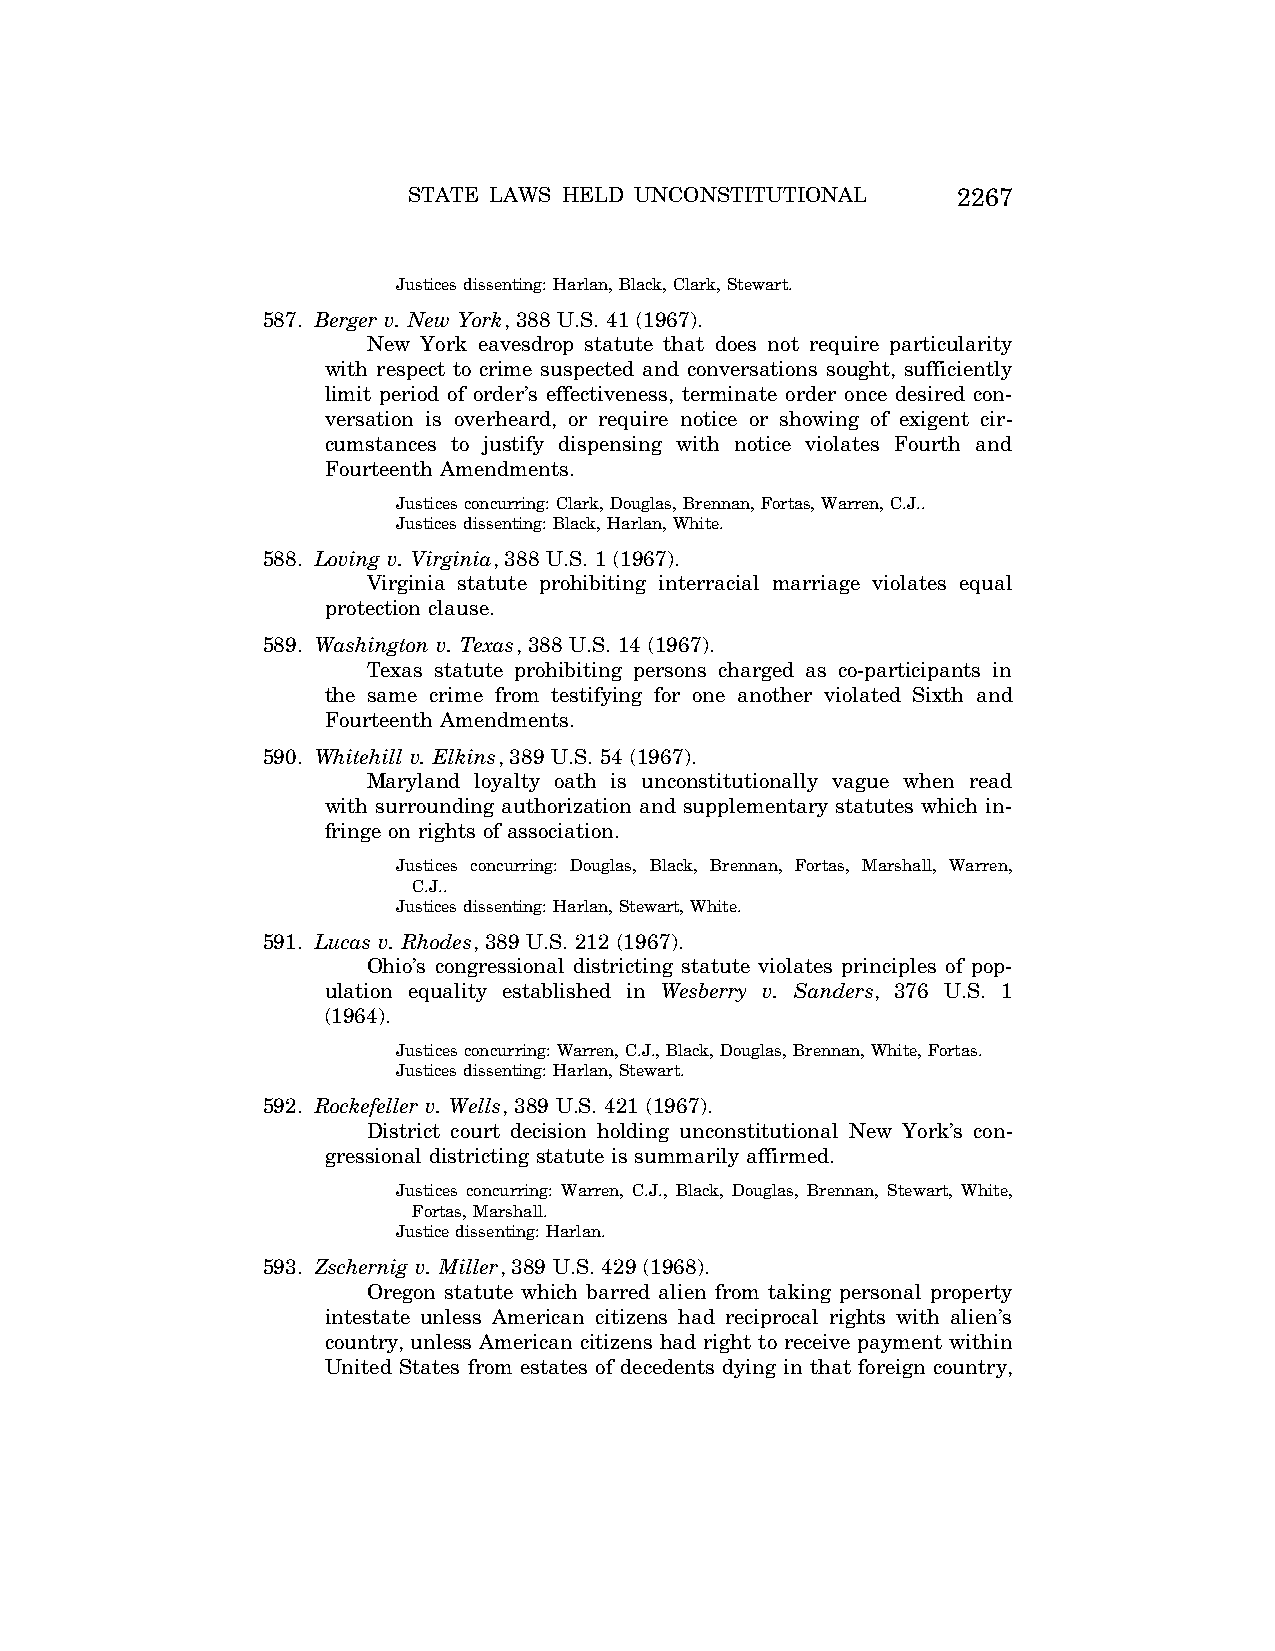
STATE LAWS HELD UNCONSTITUTIONAL    2267
 Justices dissenting: Harlan, Black, Clark, Stewart.
 587. Berger v. New York, 388 U.S. 41 (1967).
 New York eavesdrop statute that does not require particularity
 with respect to crime suspected and conversations sought, sufficiently
 limit period of order’s effectiveness, terminate order once desired con-
 versation is overheard, or require notice or showing of exigent cir-
 cumstances to justify dispensing with notice violates Fourth and
 Fourteenth Amendments.
 Justices concurring: Clark, Douglas, Brennan, Fortas, Warren, C.J..
 Justices dissenting: Black, Harlan, White.
 588. Loving v. Virginia, 388 U.S. 1 (1967).
 Virginia statute prohibiting interracial marriage violates equal
 protection clause.
 589. Washington v. Texas, 388 U.S. 14 (1967).
 Texas statute prohibiting persons charged as co-participants in
 the same crime from testifying for one another violated Sixth and
 Fourteenth Amendments.
 590. Whitehill v. Elkins, 389 U.S. 54 (1967).
 Maryland loyalty oath is unconstitutionally vague when read
 with surrounding authorization and supplementary statutes which in-
 fringe on rights of association.
 Justices concurring: Douglas, Black, Brennan, Fortas, Marshall, Warren,
 C.J..
 Justices dissenting: Harlan, Stewart, White.
 591. Lucas v. Rhodes, 389 U.S. 212 (1967).
 Ohio’s congressional districting statute violates principles of pop-
 ulation equality established in Wesberry v. Sanders, 376 U.S. 1
 (1964).
 Justices concurring: Warren, C.J., Black, Douglas, Brennan, White, Fortas.
 Justices dissenting: Harlan, Stewart.
 592. Rockefeller v. Wells, 389 U.S. 421 (1967).
 District court decision holding unconstitutional New York’s con-
 gressional districting statute is summarily affirmed.
 Justices concurring: Warren, C.J., Black, Douglas, Brennan, Stewart, White,
 Fortas, Marshall.
 Justice dissenting: Harlan.
 593. Zschernig v. Miller, 389 U.S. 429 (1968).
 Oregon statute which barred alien from taking personal property
 intestate unless American citizens had reciprocal rights with alien’s
 country, unless American citizens had right to receive payment within
 United States from estates of decedents dying in that foreign country,
 VerDate Aug<04>2004 12:57 Aug 23, 2004 Jkt 077500 PO 00000 Frm 00107 Fmt 8222 Sfmt 8222 C:\CONAN\CON064.SGM PRFM99 PsN: CON064